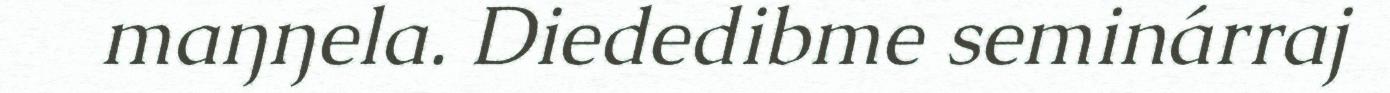
maŋŋela. Diededibme seminárraj